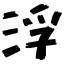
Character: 浮